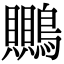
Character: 䴍